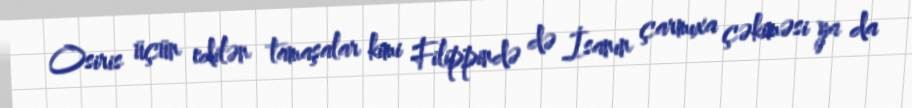
Osiris üçün edilən tamaşalar kimi Filippində də İsanın çarmıxa çəkiməsi ya da